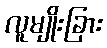
လူမျိုးခြား